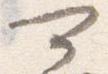
可